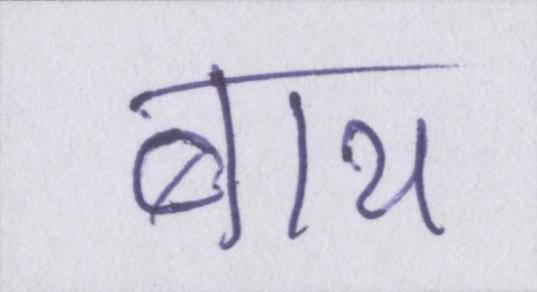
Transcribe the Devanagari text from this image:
बाथ